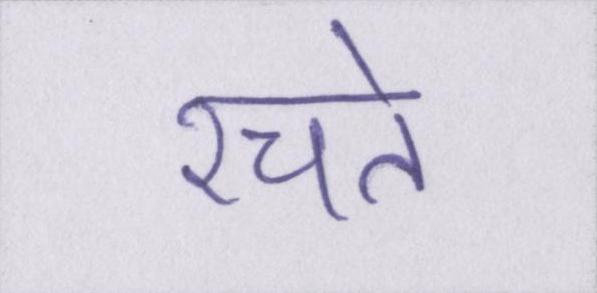
रचते